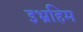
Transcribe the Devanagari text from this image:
इभ्रहिम